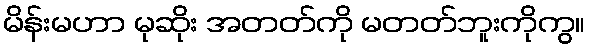
မိန်းမဟာ မုဆိုး အတတ်ကို မတတ်ဘူးကိုကွ။